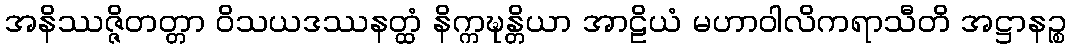
အနိဿဇ္ဇိတတ္တာ ဝိသယဒဿနတ္ထံ နိက္ကဍ္ဎန္တိယာ အာဠိယံ မဟာဝါလိကရာသီတိ အဋ္ဌာနဉ္စ